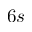
6 s